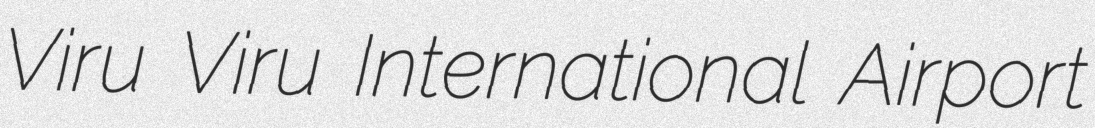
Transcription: Viru Viru International Airport